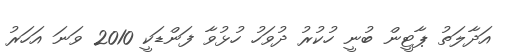
އަދާލަތު ޕާޓީން ބުނީ ހުކުރު ދުވަހު ހުޅުވާ ފަންޑަކީ 2010 ވަނަ އަހަރު